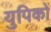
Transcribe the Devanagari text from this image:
युपिकों